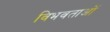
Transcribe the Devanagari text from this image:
विभवताओं